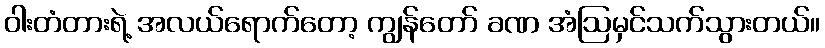
ဝါးတံတားရဲ့ အလယ်ရောက်တော့ ကျွန်တော် ခဏ အံဩမှင်သက်သွားတယ်။